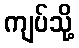
ကျပ်သို့